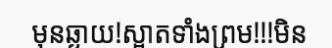
មុនឆ្ងាយ!ស្អាតទាំងព្រម!!!មិន